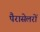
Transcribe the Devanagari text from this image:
पैरासेलरों